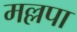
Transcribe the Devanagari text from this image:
मल्लपा